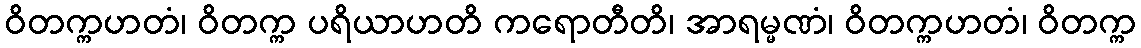
ဝိတက္ကဟတံ၊ ဝိတက္က ပရိယာဟတိ ကရောတီတိ၊ အာရမ္မဏံ၊ ဝိတက္ကဟတံ၊ ဝိတက္က